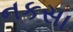
નકસા